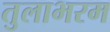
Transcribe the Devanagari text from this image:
तुलाभरम